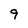
Character: 9